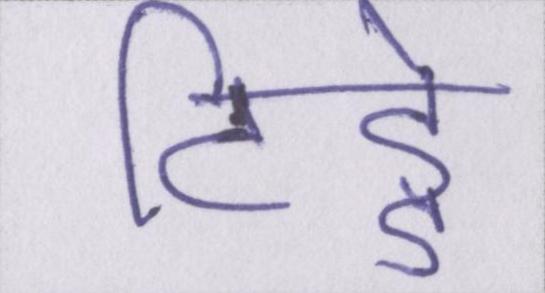
टिड्डे